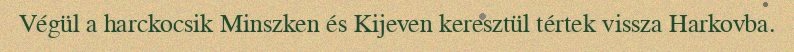
Végül a harckocsik Minszken és Kijeven keresztül tértek vissza Harkovba.